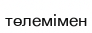
төлемімен